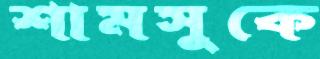
শামসুকে